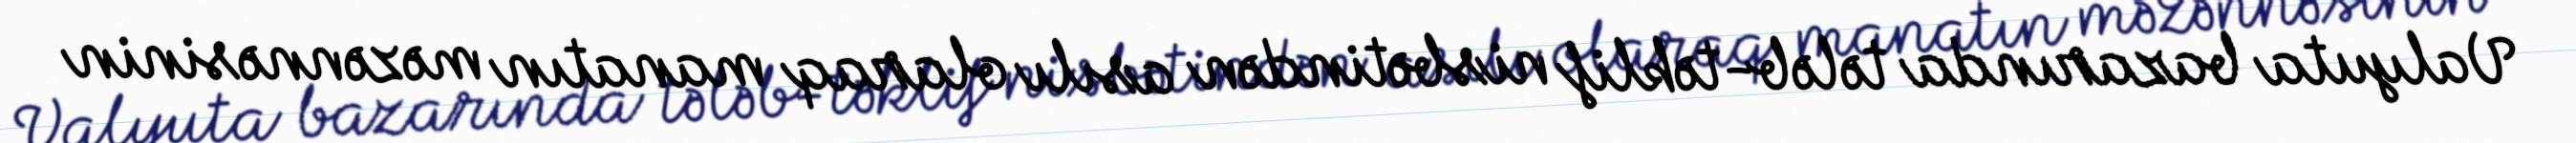
Valyuta bazarında tələb-təklif nisbətindən asılı olaraq manatın məzənnəsinin